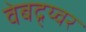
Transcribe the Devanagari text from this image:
वेबद्र्य्वर